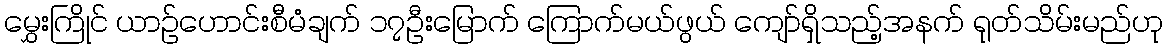
မွှေးကြိုင် ယာဉ်ဟောင်းစီမံချက် ၁၇ဦးမြောက် ကြောက်မယ်ဖွယ် ကျော်ရှိသည့်အနက် ရုတ်သိမ်းမည်ဟု